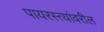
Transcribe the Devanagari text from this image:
पायरस्त्यांवरील